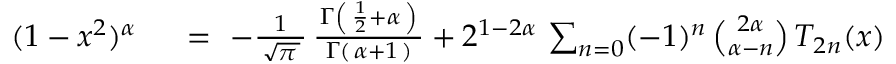
\begin{array} { r l } { ( 1 - x ^ { 2 } ) ^ { \alpha } } & { { } ~ = ~ - { \frac { 1 } { \, { \sqrt { \pi \, } } \, } } \, { \frac { \, \Gamma \left( \, { \frac { 1 } { 2 } } + \alpha \, \right) \, } { \Gamma ( \, \alpha + 1 \, ) } } + 2 ^ { 1 - 2 \alpha } \, \sum _ { n = 0 } ( - 1 ) ^ { n } \, { \binom { 2 \alpha } { \alpha - n } } \, T _ { 2 n } ( x ) } \end{array}